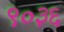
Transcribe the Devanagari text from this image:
९०३६